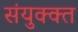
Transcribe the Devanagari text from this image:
संयुक्क्त